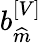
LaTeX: b_{\widehat{m}}^{\left[V\right]}